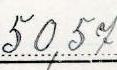
50,57